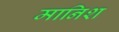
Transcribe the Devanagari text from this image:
मानिश